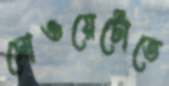
সোওয়েটোতে